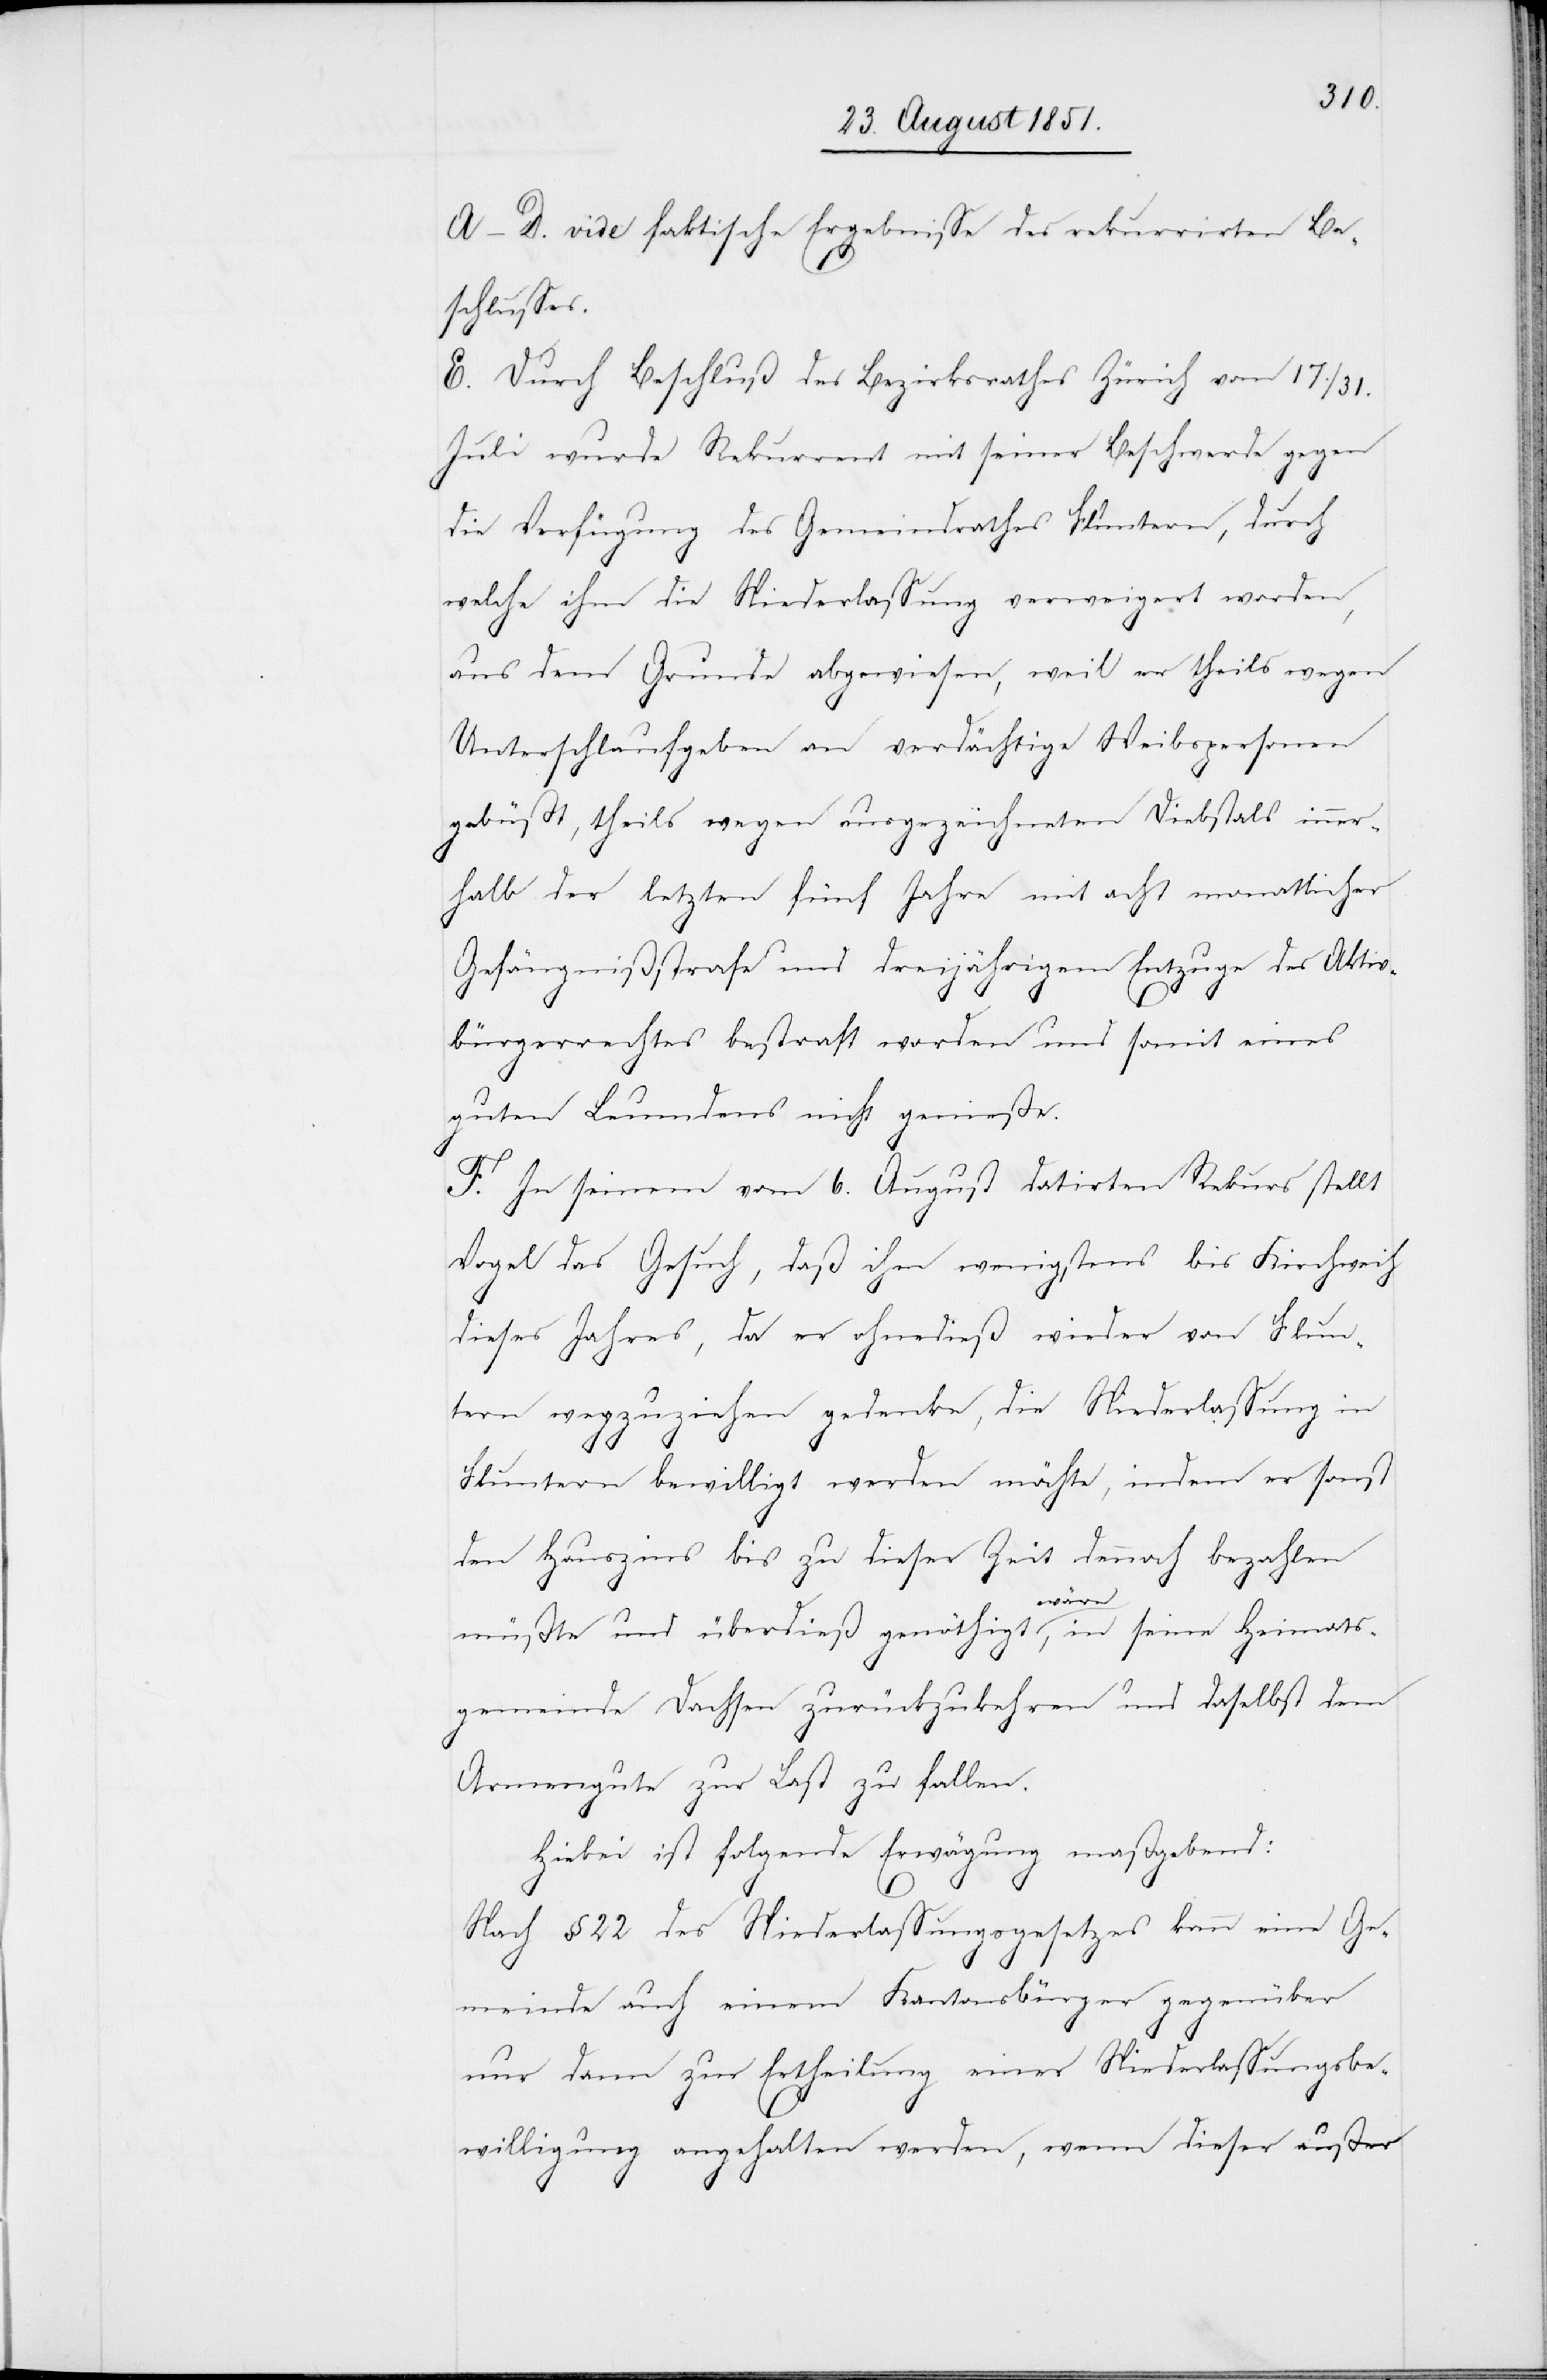
A–D. vide faktische Ergebnisse des rekurrirten Be¬
schlusses.
E. Durch Beschluß des Bezirksrathes Zürich vom 17.
Juli wurde Rekurrent mit seiner Beschwerde gegen
die Verfügung des Gemeindrathes Fluntern, durch
welche ihm die Niederlassung verweigert worden,
aus dem Grunde abgewiesen, weil er theils wegen
Unterschlaufgeben an verdächtige Weibspersonen
gebüßt, theils wegen ausgezeichneten Diebstals inner¬
halb der letzten fünf Jahre mit acht monatlicher
Gefängnißstrafe und dreijährigem Entzuge des Aktiv¬
31.
bürgerrechtes bestraft worden und somit eines
guten Leumdens nicht genieße.
F. In seinem vom 6. August datirten Rekurs stellt
Vogel das Gesuch, daß ihm wenigstens bis Kirchweih
dieses Jahres, da er ohnedieß wieder von Flun¬
tern wegzuziehen gedenke, die Niederlassung in
Fluntern bewilligt werden möchte, indem er sonst
den Hauszins bis zu dieser Zeit dennoch bezahlen
müßte und überdieß genöthigt wäre, in seine Heimats¬
gemeinde Dachsen zurückzukehren und daselbst dem
Armengute zur Last zu fallen.
Hiebei ist folgende Erwägung maßgebend:
Nach § 22 des Niederlassungsgesetzes kann eine Ge¬
meinde auch einem Kantonsbürger gegenüber
nur dann zur Ertheilung einer Niederlassungsbe¬
willigung angehalten werden, wenn dieser außer